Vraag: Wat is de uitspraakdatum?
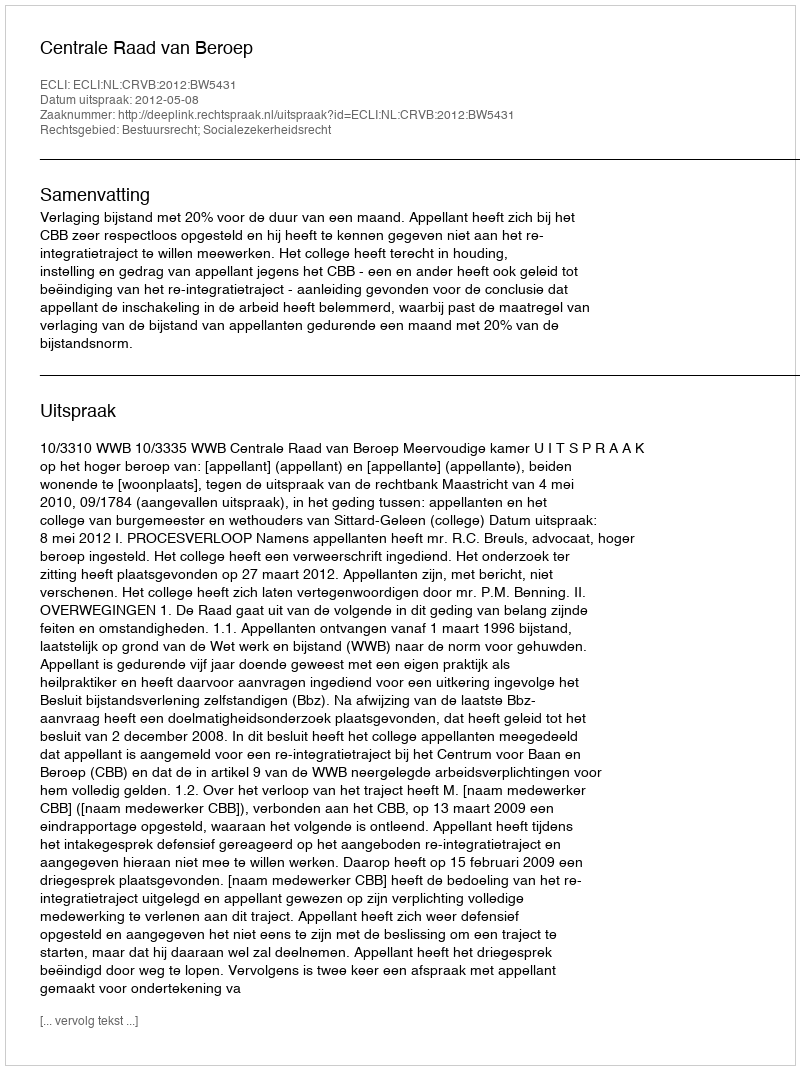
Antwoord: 2012-05-08